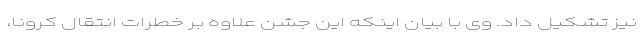
نیز تشکیل داد. وی با بیان اینکه این جشن علاوه بر خطرات انتقال کرونا،